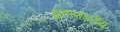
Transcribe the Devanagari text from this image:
ध्रुवसागरीय